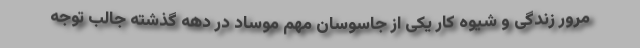
مرور زندگی و شیوه کار یکی از جاسوسان مهم موساد در دهه گذشته جالب توجه